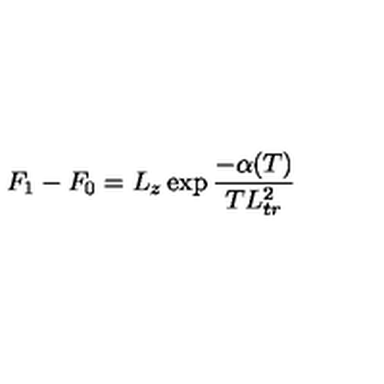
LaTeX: F _ { 1 } - F _ { 0 } = L _ { z } \exp { \frac { - \alpha ( T ) } { T L _ { t r } ^ { 2 } } }